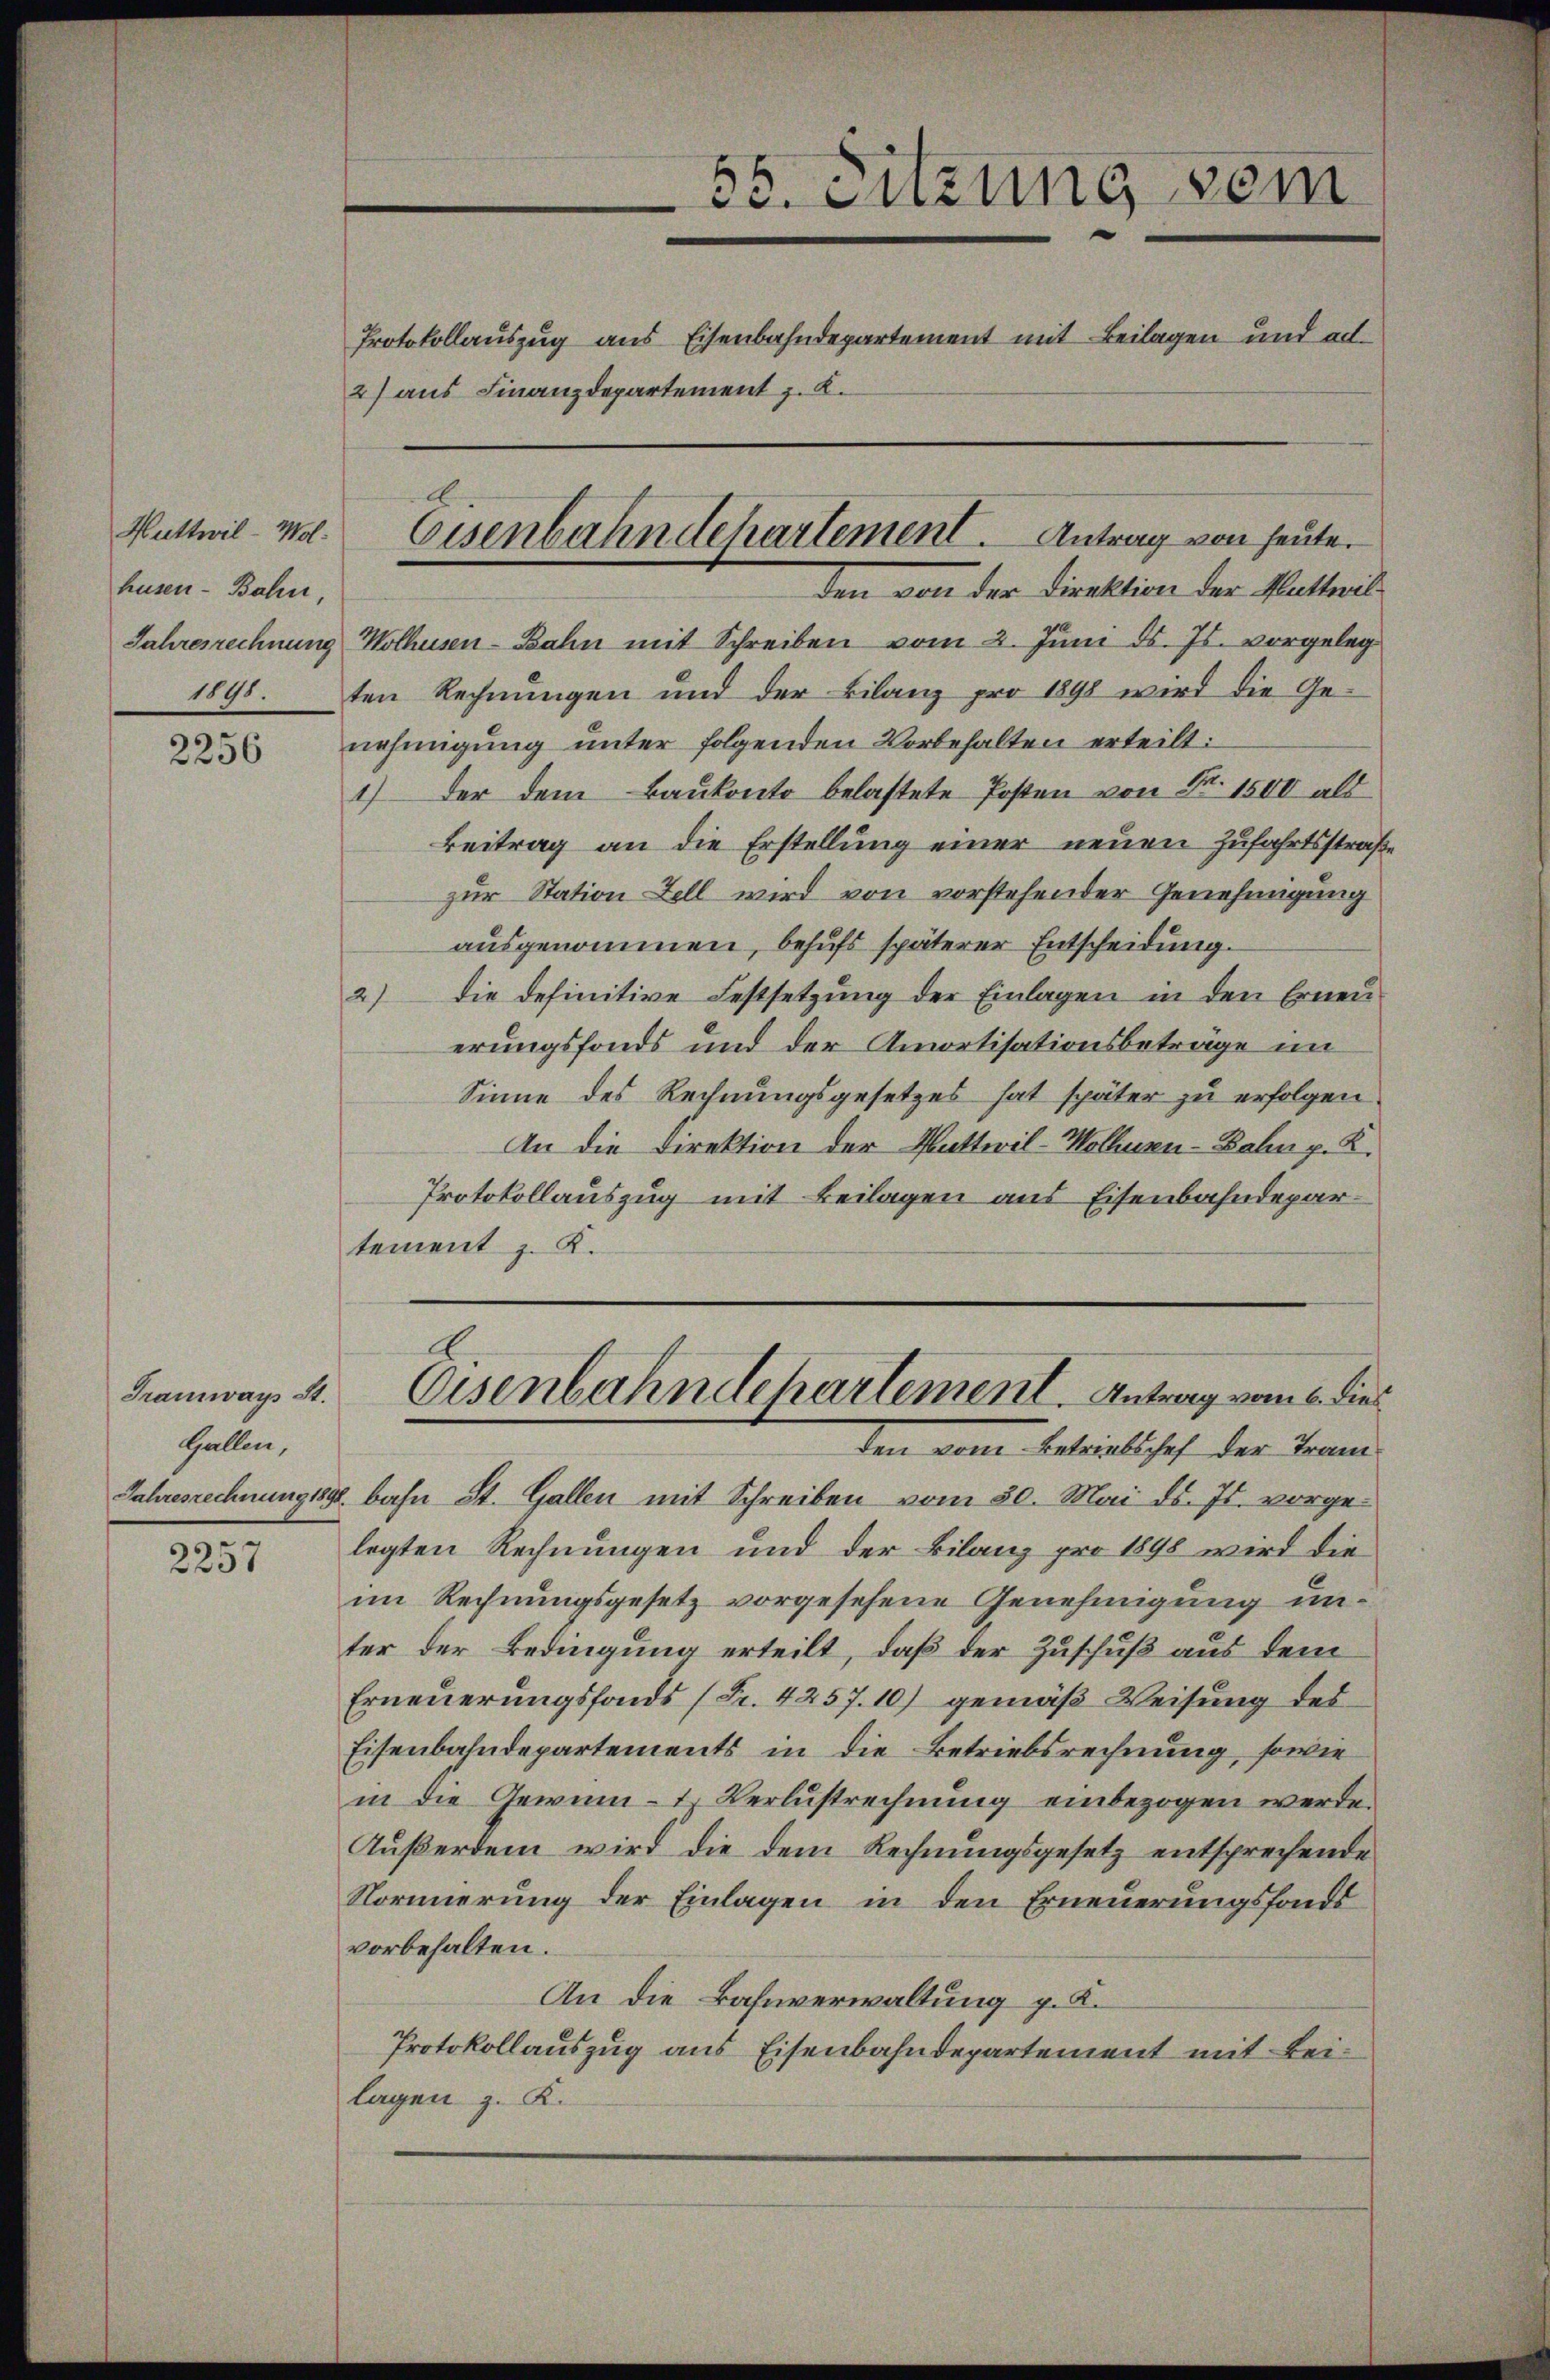
husen - Bahn,
1891.

2256

Tramways St.
Gallen,

2257

den von der Direktion der Wattwil
Jahresrechnung Wolhusen-Bahn mit Schreiben vom 2. Juni d. Js. vorgeleg
ten Rechnungen und der Bilanz pro 1898 wird die Genehmigung unter folgenden Vorbehalten erteilt:
1) der dem Baukonto belastete Posten von Fr. 1500 als
Beitrag an die Erstellung einer neuen Zufahrtsstraß
zur Station Zell wird von vorstehender Genehmigung
ausgenommen, behufs späterer Entscheidung.
2) die definitive Festsetzŭng der Einlagen in den Erneu
erungsfonds und der Amortisationsbeträge im
Sinne des Rechnungsgesetzes hat später zu erfolgen
An die Direktion der Mutteril-Wollen-Bahn p. K.
Protokollauszug mit Beilagen aus Eisenbahndepartement z. K.
A
Eisenbahndepartement. Antrag vom 6. dies
den eine betrielisch der Terne
Jahresrechnung 1892 bahn St. Gallen mit Schreiben vom 30. Mai d. Js. vorgelegten Rechnungen und der Bilanz pro 1898 wird die
im Rechnungsgesetz vorgesehene Genehmigung unter der Bedingung erteilt, daß der Zuschuß aus dem
Erneuerungsfonds (Fr. 4257. 10) gemäß Weisung des
Eisenbahndepartements in die Betriebsrechnung, sowie
in die Gewinnt. Verlustrechnung einbezogen werde.
Außerdem wird die dem Rechnungsgesetz entsprechende
Normierung der Einlagen in den Erneuerungsfonds
vorbehalten.
An die Bahnverwaltung p. K.
Protokollauszug aus Eisenbahndepartement mit Beilagen z. K.

2) aus Finanzdepartement z. B.

55. Enzung vom
Protokollauszug aus Eisenbahndepartement mit Beilagen und ad

Kuttwil-ma. Eisenbahndepartement. Antrag von heute.